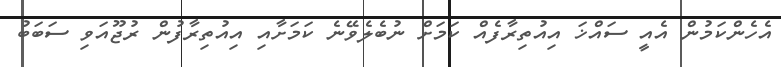
އެހެންކަމުން އެއީ ސައްޚަ އިއުތިރާފެއް ކަމަށް ނުބެލެވޭނެ ކަމަށާއި އިއުތިރާފުން ރުޖޫއަވި ސަބަބު